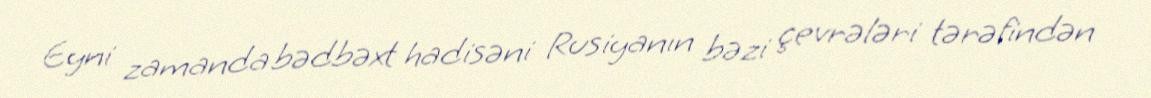
Eyni zamanda bədbəxt hadisəni Rusiyanın bəzi çevrələri tərəfindən